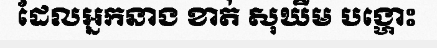
ដែលអ្នកនាង ខាត់ សុឃីម បង្ហោះ